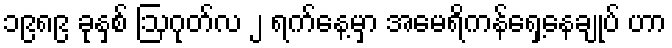
၁၉၈၉ ခုနှစ် ဩဂုတ်လ ၂ ရက်နေ့မှာ အမေရိကန်ရှေ့နေချုပ် ဟာ